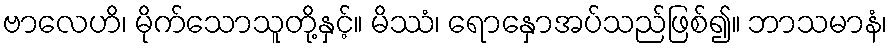
ဗာလေဟိ၊ မိုက်သောသူတို့နှင့်။ မိဿံ၊ ရောနှောအပ်သည်ဖြစ်၍။ ဘာသမာနံ၊